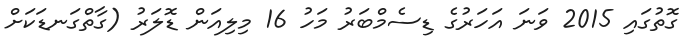
ގޮތުގައި 2015 ވަނަ އަހަރުގެ ޑިސެމްބަރު މަހު 16 މިލިއަން ޑޮލަރު (ގާތްގަނޑަކަށް